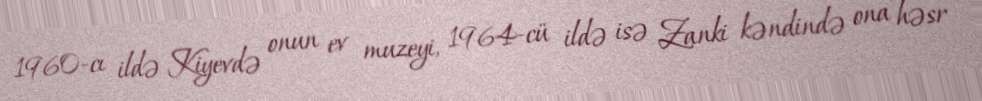
1960-cı ildə Kiyevdə onun ev muzeyi, 1964-cü ildə isə Zanki kəndində ona həsr